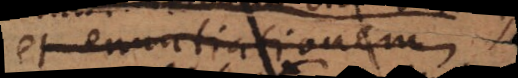
et enuntiationem